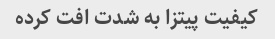
کیفیت پیتزا به شدت افت کرده